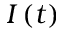
I \left( t \right)